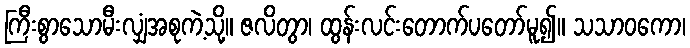
ကြီးစွာသောမီးလျှံအစုကဲ့သို့။ ဇလိတွာ၊ ထွန်းလင်းတောက်ပတော်မူ၍။ သသာဝကော၊